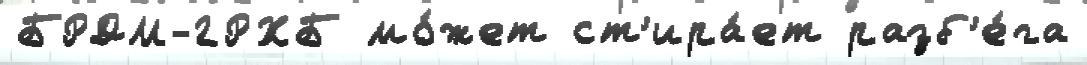
БРДМ-2РХБ мо́жет ст'ира́ет разб'е́га